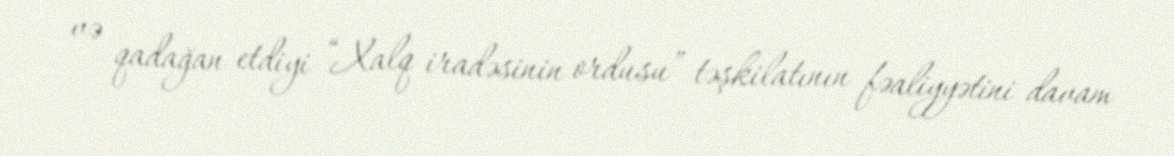
və qadağan etdiyi “Xalq iradəsinin ordusu” təşkilatının fəaliyyətini davam